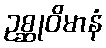
ဥစ္ဆုဝိမာနံ